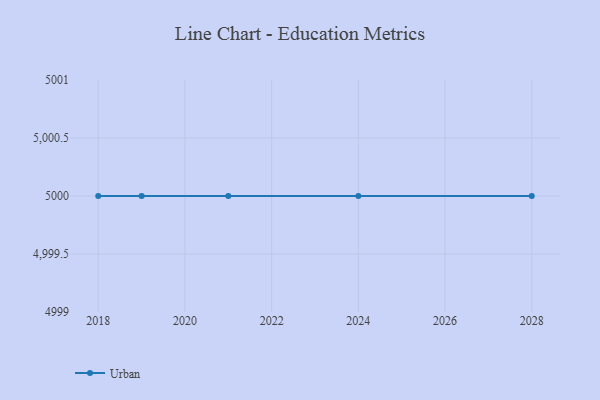
{"axis": {"x": "Year", "y": "Temperature (°C)"}, "legend": ["Urban"], "data": [{"x": "2028", "y": 5000, "type": "Urban"}, {"x": "2018", "y": 5000, "type": "Urban"}, {"x": "2021", "y": 5000, "type": "Urban"}, {"x": "2024", "y": 5000, "type": "Urban"}, {"x": "2019", "y": 5000, "type": "Urban"}]}